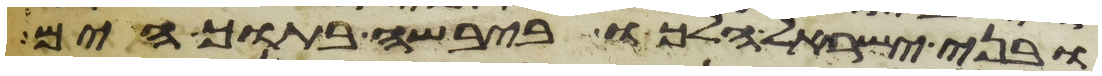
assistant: ובני ישראל הלכו ביבשה בתוך הים